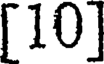
[10]